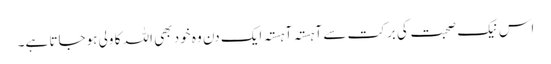
اس نیک صحبت کی برکت سے آہستہ آہستہ ایک دن وہ خود بھی اللہ کا ولی ہوجاتا ہے۔